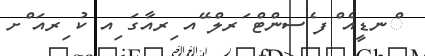
ްނޑީއެ ްފ ެސންޓް ަރލް ޭއ ިރއާގަ ިއ ކު ިރއަ ްށ